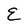
Character: E